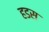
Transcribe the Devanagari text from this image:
हडस